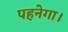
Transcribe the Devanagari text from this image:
पहनेगा।